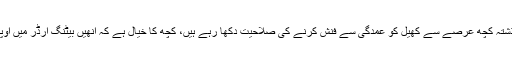
میزبان سائیڈ کا دنیش چندیمل پر زیادہ انحصار ہے جو گذشتہ کچھ عرصے سے کھیل کو عمدگی سے فنش کرنے کی صلاحیت دکھا رہے ہیں، کچھ کا خیال ہے کہ انھیں بیٹنگ آرڈر میں اوپر کھلایا جائے تاہم وہ نچلے نمبر پرہی بیٹنگ کریں گے۔